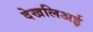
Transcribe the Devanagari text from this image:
देखलिअई